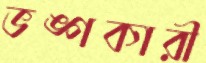
ভঙ্গকারী